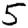
Digit: 5